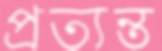
প্রত্যন্ত